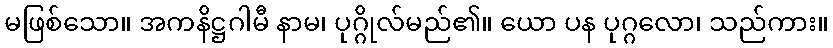
မဖြစ်သော။ အကနိဋ္ဌဂါမီ နာမ၊ ပုဂ္ဂိုလ်မည်၏။ ယော ပန ပုဂ္ဂလော၊ သည်ကား။